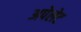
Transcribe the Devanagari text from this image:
अपेलेट